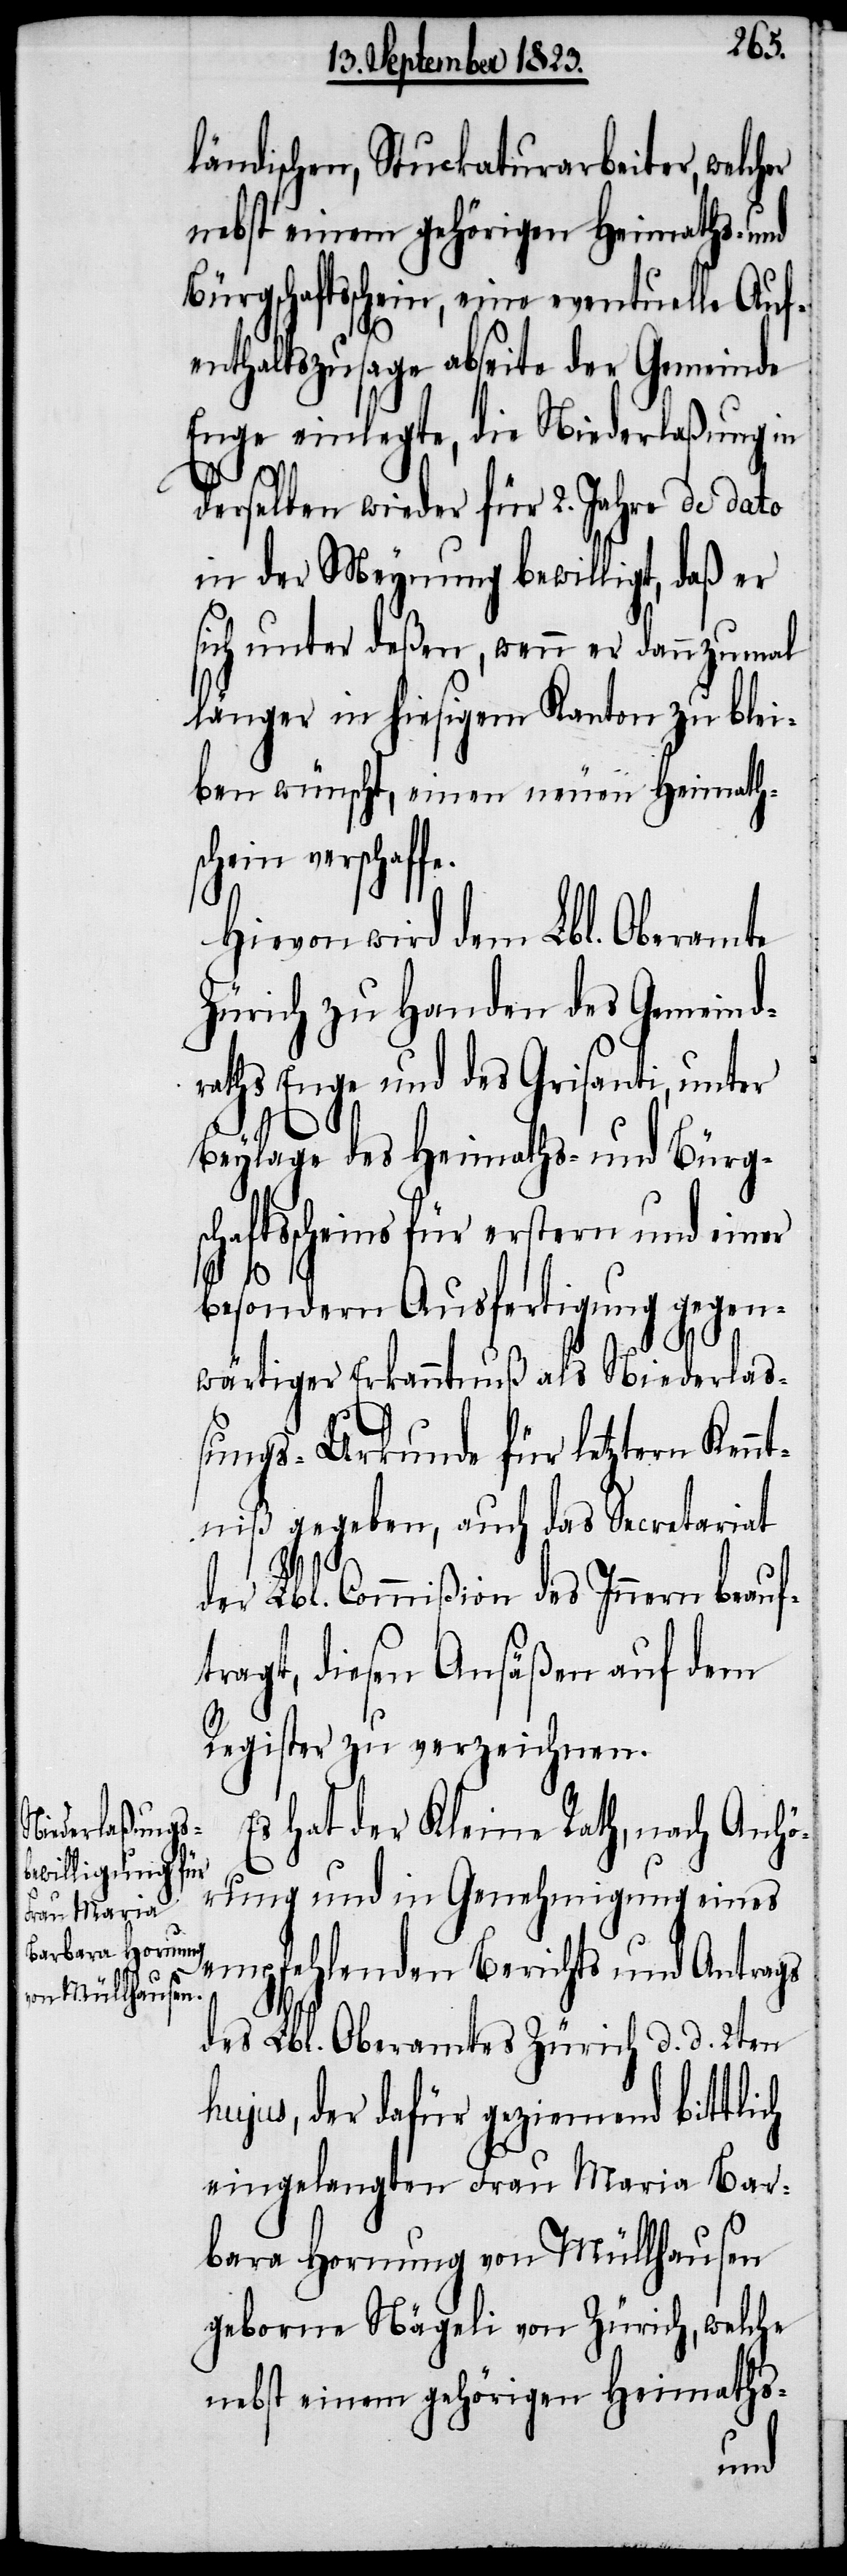
ländischen, Stuckaturarbeiter, welcher
nebst einem gehörigen Heimaths- und
Bürgschaftsschein, eine eventuelle Auf¬
enthaltszusage abseite der Gemeinde
Enge einlegte, die Niederlaßung in
derselben wieder für 2. Jahre de dato
in der Meynung bewilligt, daß er
sich unter deßen, wenn er dannzumal
länger in hiesigem Kanton zu blei¬
ben wünscht, einen neuen Heimath¬
schein verschaffe.
Hievon wird dem Lbl. Oberamte
Zürich zu Handen des Gemeindr¬
aths Enge und des Grisanti, unter
Beylage des Heimaths- und Bürg¬
schaftsscheins für erstern und einer
besondern Ausfertigung gegen¬
wärtiger Erkanntnuß als Niederlaß¬
ungs-Urkunde für letztern Ken¬
ntniß gegeben, auch das Secretariat
der Lbl. Commißion des Innern beauf¬
tragt, diesen Ansäßen auf dem
Register zu verzeichnen.
Es hat der Kleine Rath, nach Anhör¬
ung und in Genehmigung eines
empfehlenden Berichts und Antrags
des Lbl. Oberamtes Zürich d. d. 2ten
hujus, der dafür geziemend bittlich
eingelangten Frau Maria Bar¬
bara Hornung von Müllhausen
geborne Nägeli von Zürich, welche
nebst einem gehörigen Heimaths-